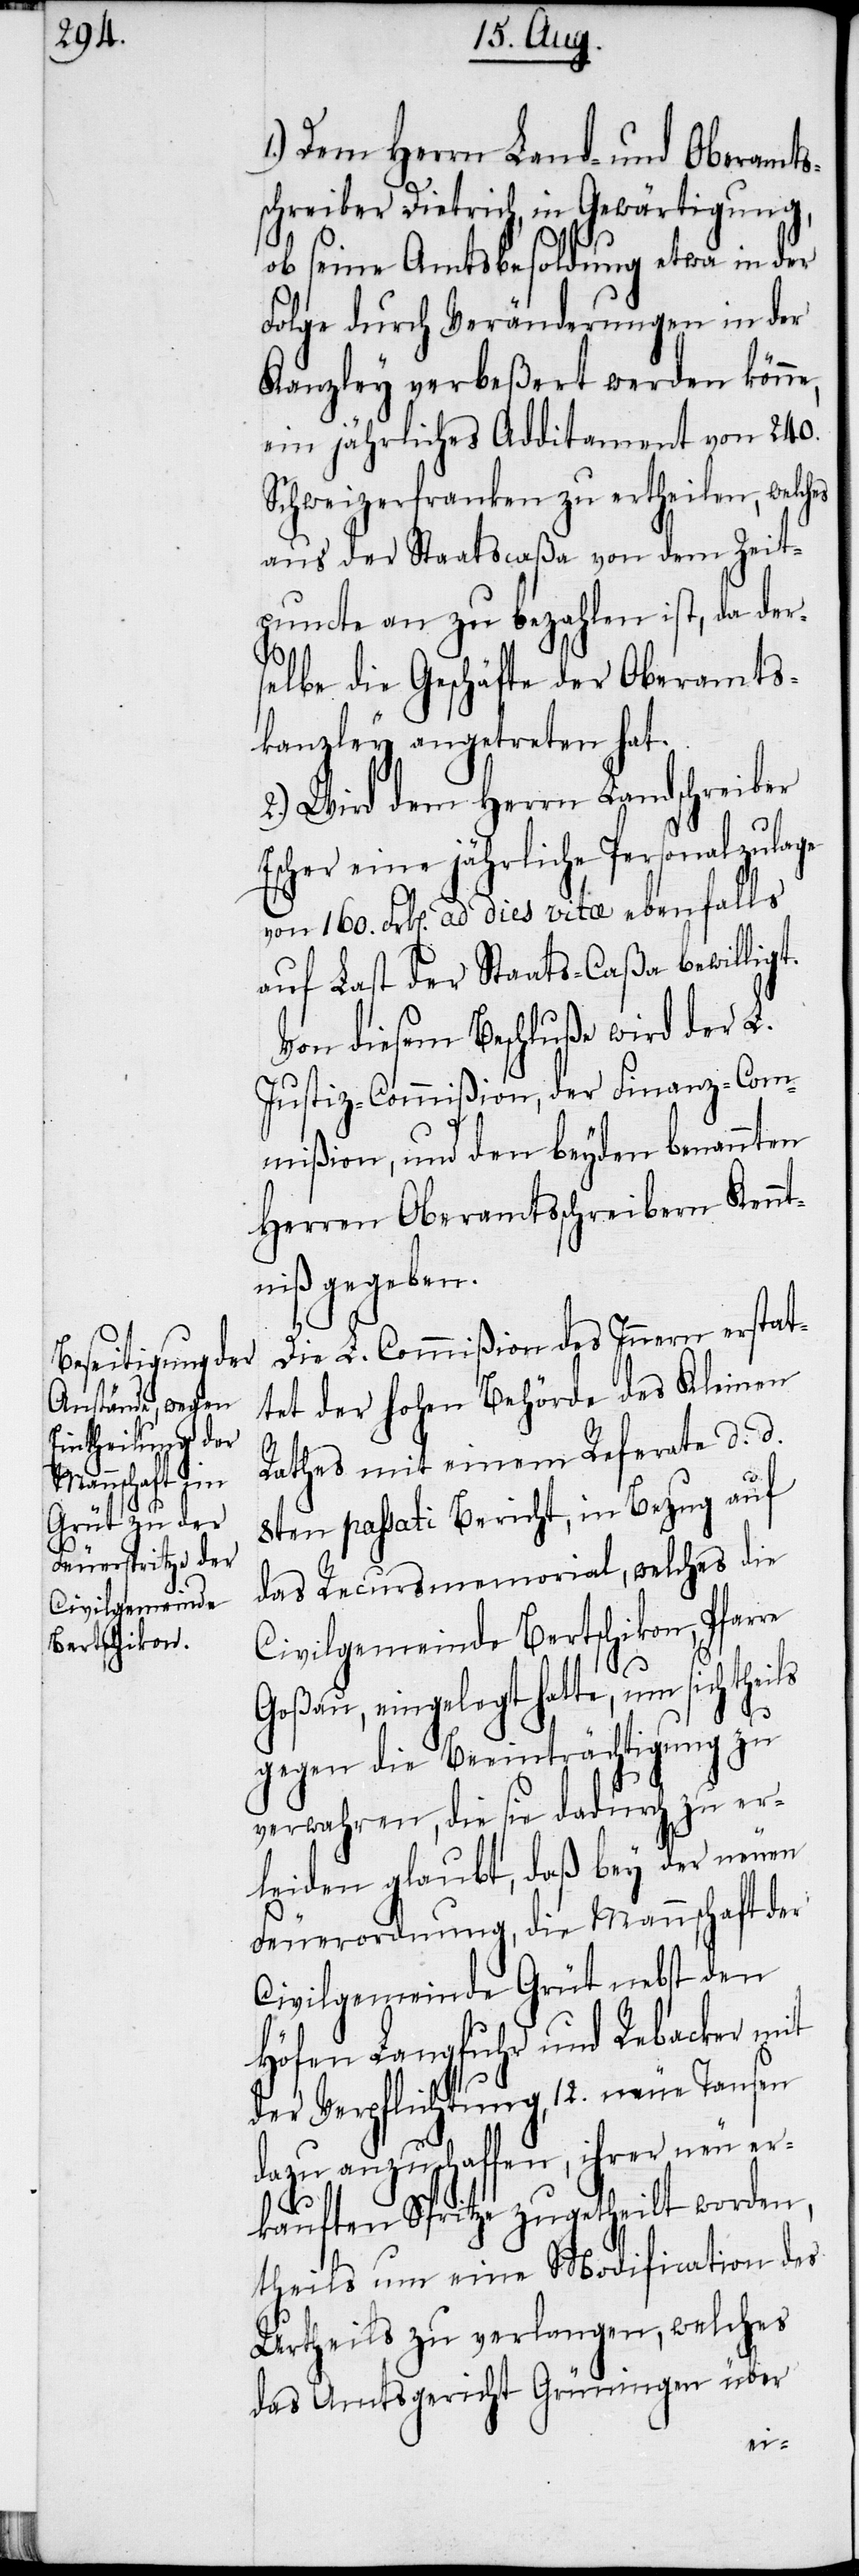
1.) Dem Herrn Land- und Oberamts¬
schreiber Dietrich, in Gewärtigung,
ob seine Amtsbesoldung etwa in der
Folge durch Veränderungen in der
Kanzley verbeßert werden könne,
ein jährliches Additament von 240.
Schweizerfranken zu ertheilen, welch¬
aus der Staatscaßa von dem Zeit¬
puncte an zu bezahlen ist, da der¬
selbe die Geschäfte der Oberamts¬
kanzley angetreten hat.
2.) Wird dem Herrn Landschreiber
Escher eine jährlich Personalzulage
von 160. Frk[en]. ad dies vitae ebenfalls
auf Last der Staats-Caßa bewilligt.
Von diesem Beschluße wird der L.
Justiz-Commißion, der Finanz-Com¬
mißion, und den beyden benannten
Herren Oberamtsschreibern Kennt¬
niß gegeben.
Die L. Commißion des Innern erstat¬
tet der hohen Behörde des Kleinen
Rathes mit einem Referate d. d.
re
8ten passati Bericht, in Bezug auf
das Recursmemorial, welches die
Civilgemeinde Bertschikon, Pfar¬
Goßau, eingelegt hatte, um sich
gegen die Beeinträchtigung zu
verwahren, die sie dadurch zu er¬
leiden glaubt, daß bey der neuen
Feuerordnung, die Mannschaft der
Civilgemeinde Grüt nebst den
Höfen Langfuhr und Rebacker mit
der Verpflichtung, 12. neue Tausen
dazu anzuschaffen, ihrer neu er¬
kauften Spritze zugetheilt worden,
theils um eine Modification des
Urtheils zu verlangen, welches
das Amtsgericht Grüningen über